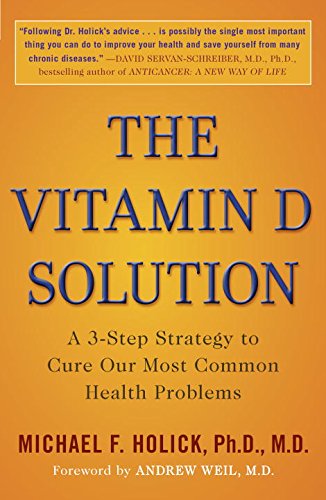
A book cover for The Vitamin D Solution: A 3-Step Strategy to Cure Our Most Common Health Problems; Michael F. Holick; Health, Fitness & Dieting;